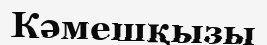
Кәмешқызы